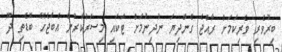
ބިރުވެރި ވެރިކަމަށް ރާއްޖެ ގެންދިޔަ ނުދިނުމަށް ޓަކައި މިސަރުކާރުން އެބަޖެހޭ ބޮޑެތި ދޫ